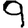
Digit: 9